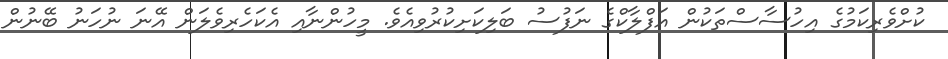
ކުށްވެރިކަމުގެ އިހުސާސްތަކުން އަފްލާކްގެ ނަފުސު ބަލިކަށިކުރުވިއެވެ. މީހުންނާއި އެކަހެރިވެލަން އޭނަ ނުހަނު ބޭނުން